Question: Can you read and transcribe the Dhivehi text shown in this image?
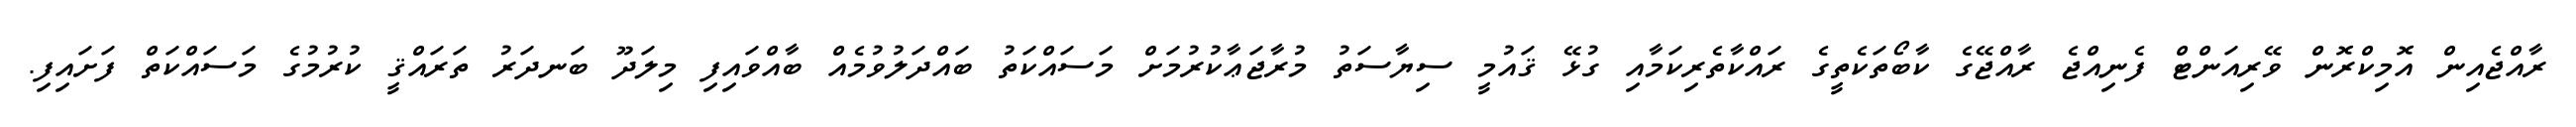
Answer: ރާއްޖެއިން އޮމިކްރޮން ވޭރިއަންޓް ފެނިއްޖެ ރާއްޖޭގެ ކާބޯތަކެތީގެ ރައްކާތެރިކަމާއި ގުޅޭ ޤައުމީ ސިޔާސަތު މުރާޖަޢާކުރުމަށް މަސައްކަތު ބައްދަލުވުމެއް ބާއްވައިފި މިލަދޫ ބަނދަރު ތަރައްޤީ ކުރުމުގެ މަސައްކަތް ފަށައިފި.